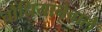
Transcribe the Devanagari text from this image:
चौंधियानेवाले